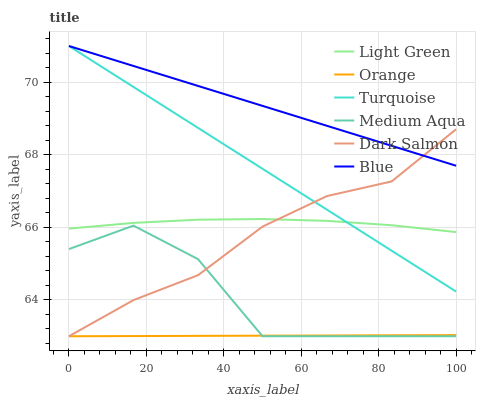
| xaxis_label | Light Green | Orange | Turquoise | Medium Aqua | Dark Salmon | Blue |
 | --- | --- | --- | --- | --- | --- | --- |
 | 0 | 66 | 63 | 71 | 65.4 | 63 | 71 |
 | 16.7 | 66.1 | 63 | 69.9 | 66 | 64 | 70.4 |
 | 33.3 | 66.2 | 63 | 68.7 | 65.1 | 64.7 | 69.9 |
 | 50 | 66.2 | 63 | 67.6 | 63 | 66 | 69.3 |
 | 66.7 | 66.2 | 63 | 66.5 | 63 | 66.9 | 68.8 |
 | 83.3 | 66.1 | 63 | 65.4 | 63 | 67.3 | 68.2 |
 | 100 | 65.9 | 63 | 64.2 | 63 | 68.7 | 67.7 |